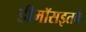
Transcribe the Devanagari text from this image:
डीमॉसइतके